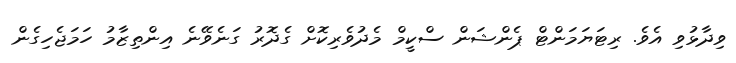
ވިދާޅުވި އެވެ. ރިޓަޔަމަންޓް ޕެންޝަން ސްކީމް މެދުވެރިކޮށް ގެދޮރު ގަނެވޭނެ އިންތިޒާމު ހަމަޖެހިގެން